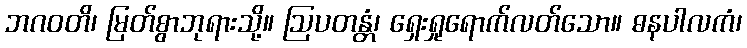
ဘဂဝတိ၊ မြတ်စွာဘုရားသို့။ ဩပတန္တံ၊ ရှေးရှုရောက်လတ်သော။ ဓနပါလကံ၊